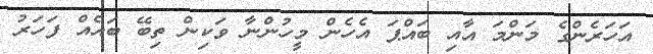
އަހަރެންގެ މަންމަ އާއި ބައްޕަ އެހެން މީހުންނާ ވަކިން ތިބޭ ބައެއް ފަހަރު